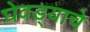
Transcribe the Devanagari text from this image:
घेवड्याचे